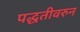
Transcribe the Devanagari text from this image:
पद्धतीवरुन